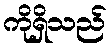
ကိုရှိသည်